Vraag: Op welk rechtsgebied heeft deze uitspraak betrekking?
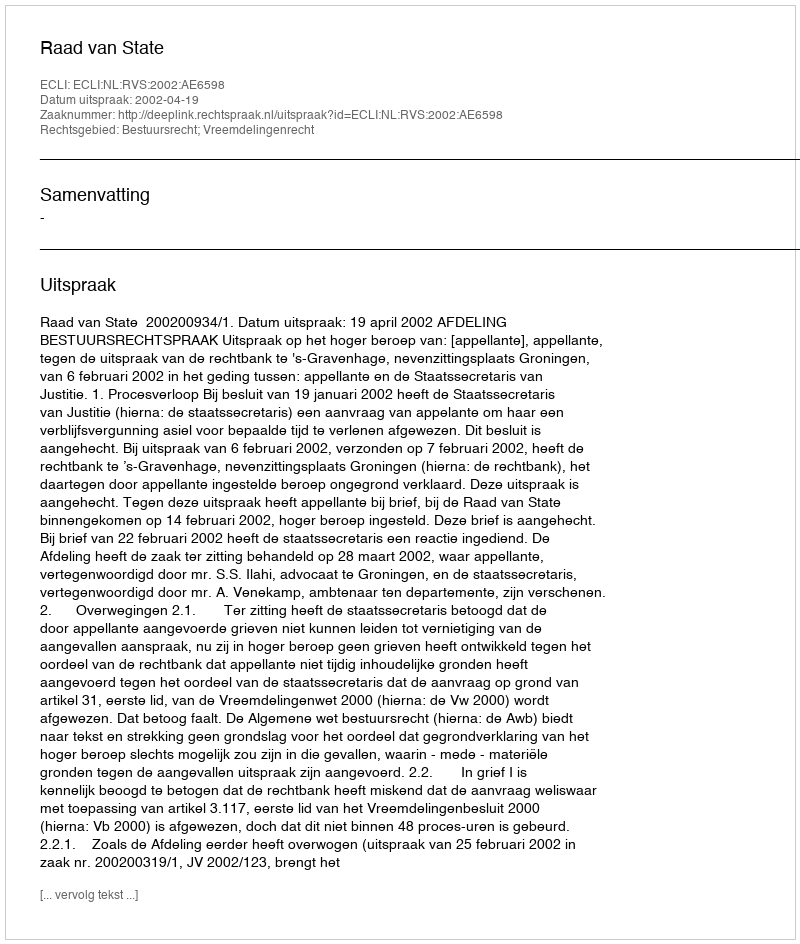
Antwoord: Bestuursrecht; Vreemdelingenrecht